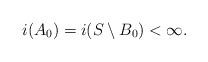
LaTeX: \begin{align*}i(A_0) = i(S \setminus B_0) < \infty.\end{align*}